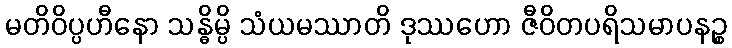
မတိဝိပ္ပဟီနော သန္ဓိမ္ပိ သံယမဿာတိ ဒုဿဟော ဇီဝိတပရိသမာပနဉ္စ